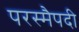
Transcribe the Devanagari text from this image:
परस्मैपदी